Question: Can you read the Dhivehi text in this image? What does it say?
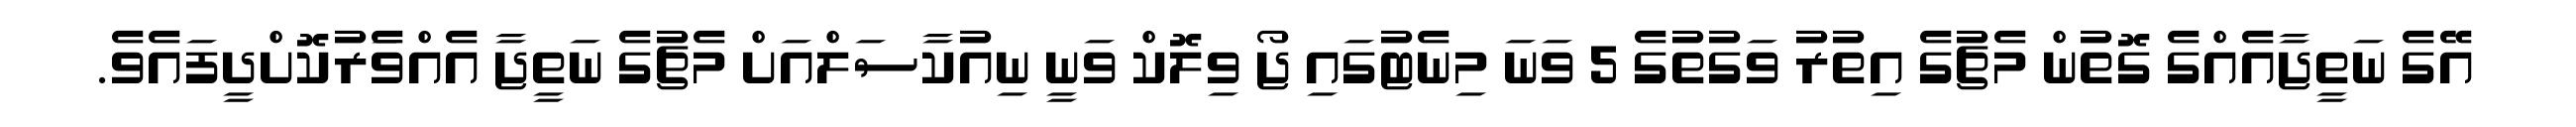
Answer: އޭގެ ނަތީޖާއެއްގެ ގޮތުން މެޗުގެ އިތުރު ވަގުތުގެ 5 ވަނަ މިނެޓުގައި ޖޯ ވިލޮކް ވަނީ ނިއުކާސަލްއަށް މެޗުގެ ނަތީޖާ އެއްވަެރުކޮށްދީފައެވެ.